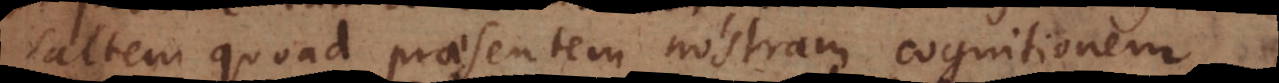
saltem quoad praesentem nostram cognitionem